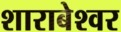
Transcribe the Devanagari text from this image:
शाराबेश्वर